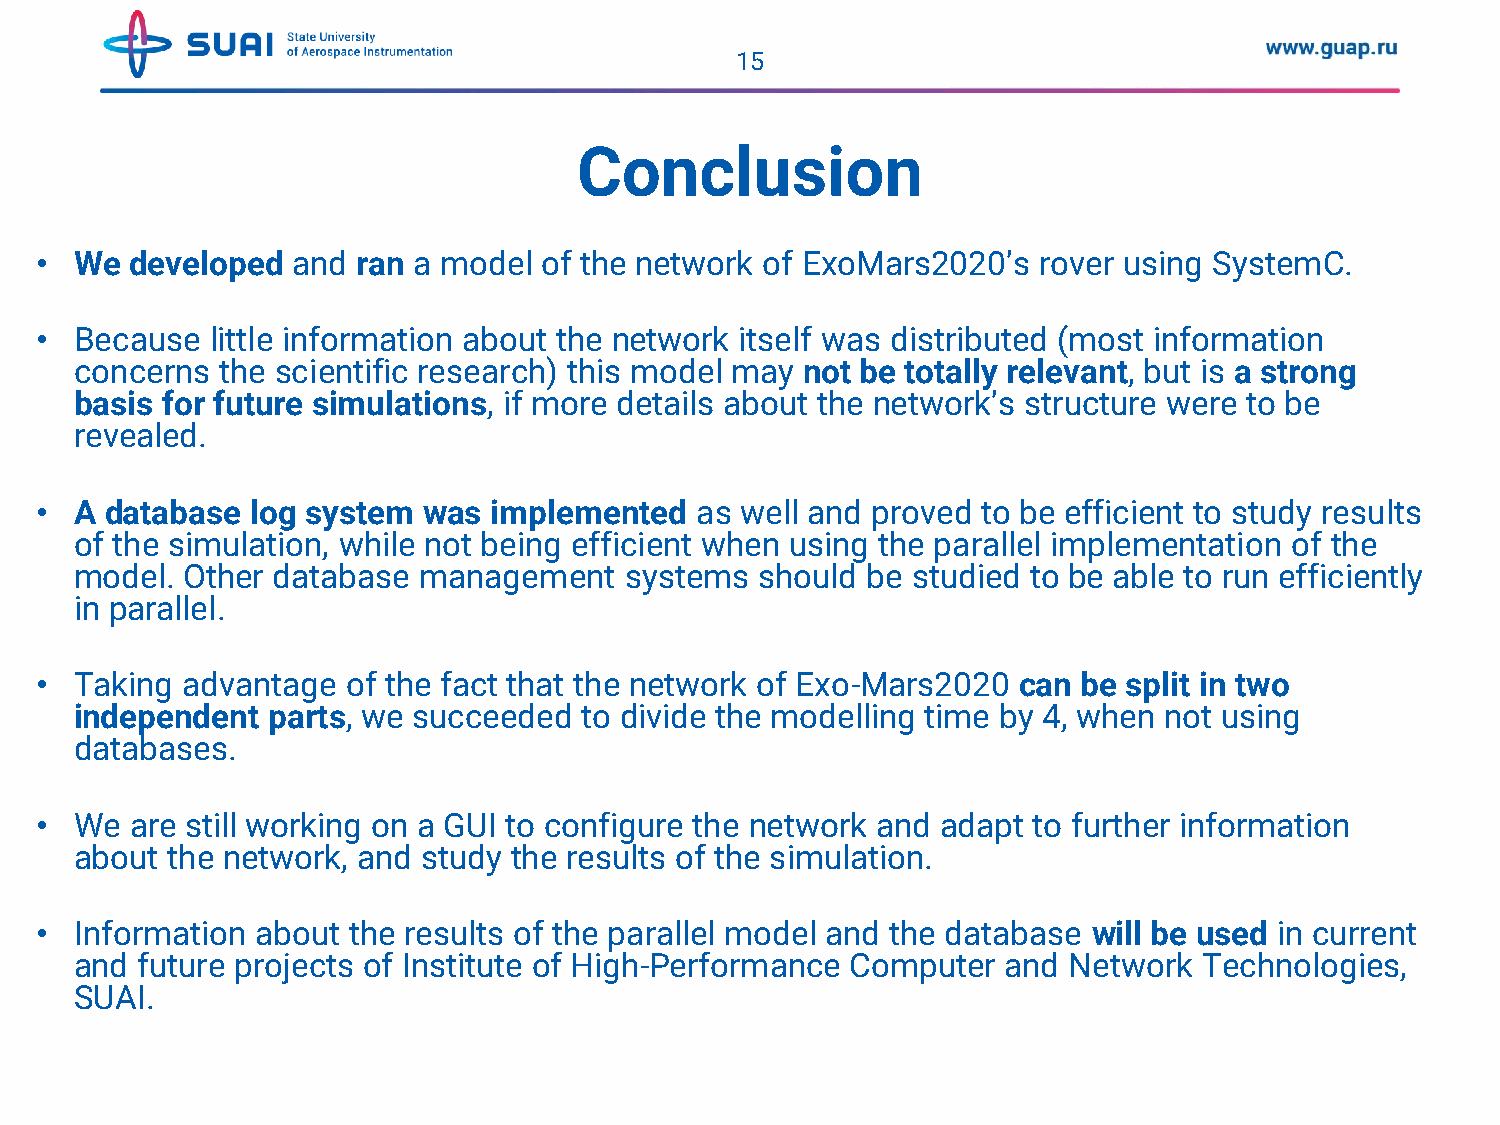
15
 Conclusion
 •  We  developed and  ran a model of the network of ExoMars2020’s  rover using SystemC.
 •  Because  little information about the network itself was distributed (most information
 concerns  the scientific research) this model may not be totally relevant, but is a strong
 basis for future simulations, if more details about the network’s structure were to be
 revealed.
 •  A database  log system was  implemented  as well and proved to be efficient to study results
 of the simulation, while not being efficient when using the parallel implementation of the
 model. Other database  management   systems  should be studied to be able to run efficiently
 in parallel.
 •  Taking advantage  of the fact that the network of Exo-Mars2020 can be split in two
 independent  parts, we succeeded to divide the modelling time by 4, when not using
 databases.
 •  We  are still working on a GUI to configure the network and adapt to further information
 about the network, and study the results of the simulation.
 •  Information about the results of the parallel model and the database will be used in current
 and future projects of Institute of High-Performance Computer and Network  Technologies,
 SUAI.